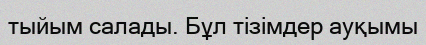
тыйым салады. Бұл тізімдер ауқымы